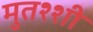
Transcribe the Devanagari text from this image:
मुतश्शी